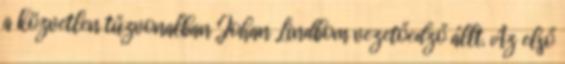
a közvetlen tűzvonalban Johan Lindbom vezetőedző állt. Az első